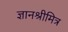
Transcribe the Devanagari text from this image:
ज्ञानश्रीमित्र